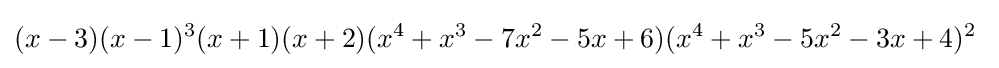
(x-3)(x-1)^{3}(x+1)(x+2)(x^{4}+x^{3}-7x^{2}-5x+6)(x^{4}+x^{3}-5x^{2}-3x+4)^{2}\